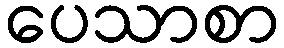
ပေသာစာ